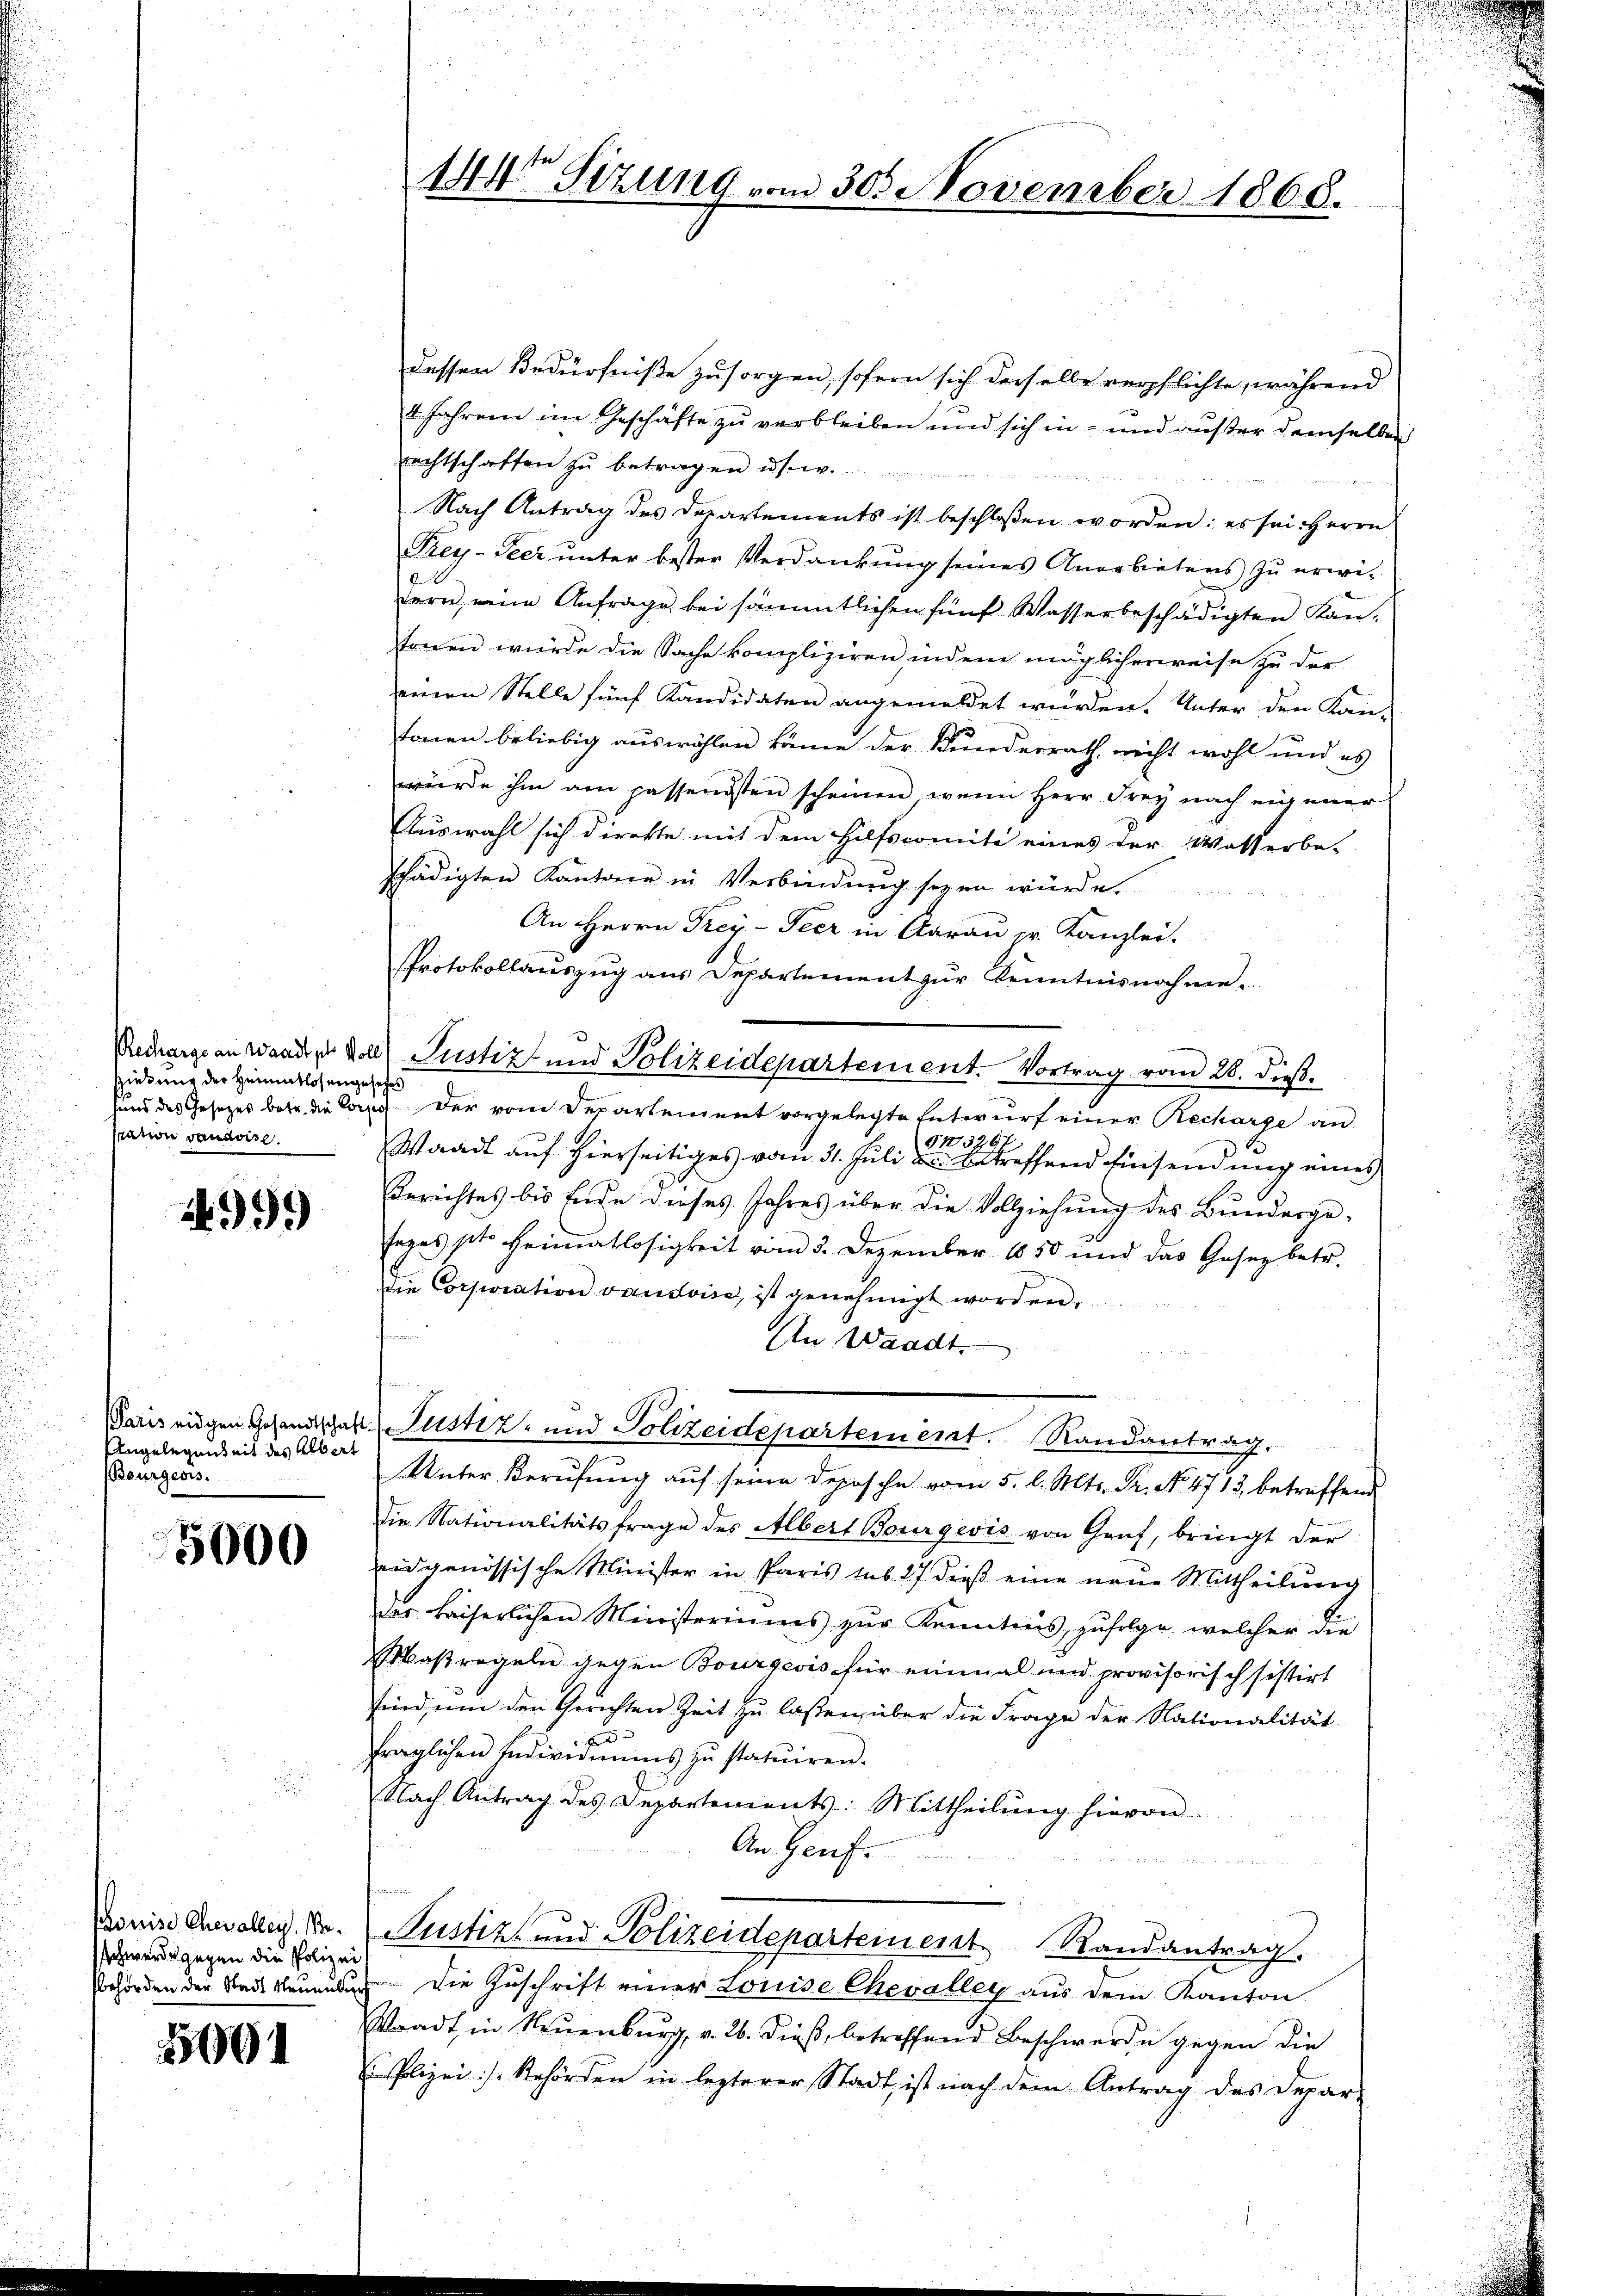
spielung der Heimatlosengesetzes
sation vaudoise.

4999

Angelegenheit des Albert
Bourgeois.

5000

Kouise Chevallei. B.
schwerde gegen die Polizei
sbehörden der Stadt Neuenbu

5091

144 Sizung vom 30. November 1868.

dessen Bedürfniße zu sorgen, sofern sich derselbe verpflichte, während
4 Jahren im Geschäfte zu verbleiben und sich in - und außer demselben
rechtschaffen zu betragen usw.
Nach Antrag des Departements ist beschloßen worden; es sei Herrn
Rey-Peer unter bester Verdankung seines Anerbietens zu erwiern, eine Anfrage bei sämmtlichen fünf Wasserbeschädigten Kanstonen wurde die Sache kompliziren, indem möglicherweise zu der
einen Stelle fünf Kandidaten angemeldet würden. Unter den Kan-

tonen beliebig auswählen könne der Kunderrath nicht wohl und es
würde ihm am passendsten scheinen, wenn Herr Frey nach eigener
Auswahl sich direkte mit dem Hilfscomite eines der Wasserbe-
schädigten Kantone in Verbindung seyen würde.
An Herrn Frey- Peer in Aarau er Kanzlei-
Protokollauszug aus Departement zur Kenntnisnahme.
Redgige an Wanden der Justiz und Polizeidepartement. Vortrag vom 28. dieß.
Hund des Gesetzes betr. die Corps der vom Departement vorgelegte Entwurf einer Recharge an
53267
Waadt auf hierseitiges vom 31. Juli d. betreffend Einsendung eines
Berichtes bis Ende dieses Jahres über die Vollziehung des Bundesgesezes pto Heimatlosigkeit vom 3. Dezember 1850 und das Gesez betr.
die Corporation vaudoise, ist genehmigt worden.
An Waadt.
Paris eigen Gesandtschaft Justiz- und Polizeidepartement. Randantrag.
Unter Berufung auf seine Deposche vom 5. l. Mts. Pr. No. 4713, betreffend
die Nationalitätsfrage des Albert Bourgeois von Gruf, bringt der
eidgenössische Minister in Paris sub 27 dieß eine neue Mittheilung
das kaiserlichen Ministeriums zŭr Kenntnis, zŭfolge welcher die
aßregeln gegen Bourgeois für einmal und provisorisch sistirt
sind, um den Gerichten Zeit zu lassen, über die Frage der Nationalität
fraglichen Individuums zŭ statuiren.
Nach Antrag des Departements: Mittheilung hievon
An Genf.
Justiz- und Polizeidepartement Randantrag.
 Die Zuschrift einer Louise Chevalley aus dem Kanton
Waadt, in Neuenburg, v. 26. dieß, betreffend Beschwerde gegen die
E Polizei:/. Behörden in lezterer Stadt ist nach dem Antrag des Depar-

u